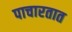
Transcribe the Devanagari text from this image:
पाचारतात